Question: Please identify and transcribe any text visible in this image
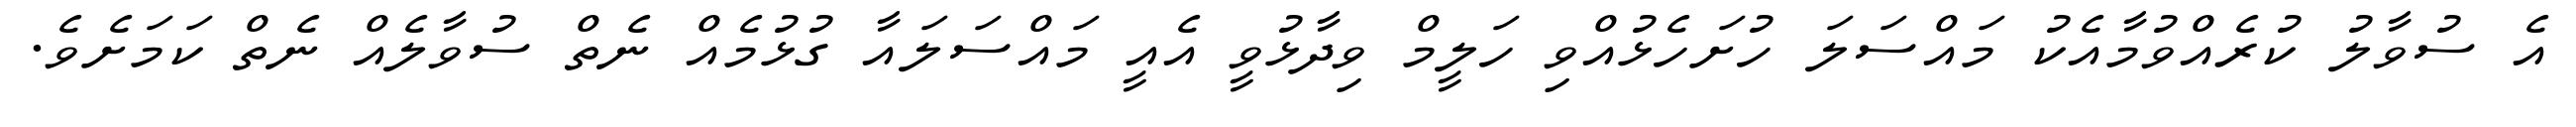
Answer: އެ ސުވާލު ކުރެއްވުމާއެކު މައްސަލަ ހުށަހެޅުއްވި ހަލީމް ވިދާޅުވީ އެއީ މައްސަލައާ ގުޅުމެއް ނެތް ސުވާލެއް ނެތް ކަމަށެވެ.